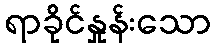
ရာခိုင်နှုန်းသော